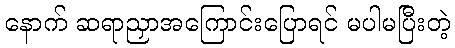
နောက် ဆရာညှာအကြောင်းပြောရင် မပါမပြီးတဲ့